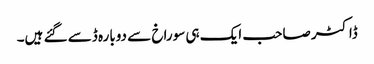
ڈاکٹر صاحب ایک ہی سوراخ سے دوبارہ ڈسے گئے ہیں۔